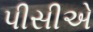
પીસીએ